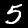
Digit: 5